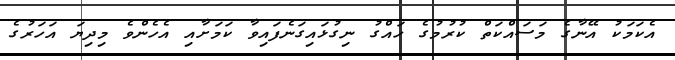
އެކަމަކު އޭނާގެ މަސައްކަތް ކުރުމުގެ ހައްގު ނިގުޅައިގަނެފައިވާ ކަމަށާއި އެހެންވެ މިދިޔަ އަހަރުގެ